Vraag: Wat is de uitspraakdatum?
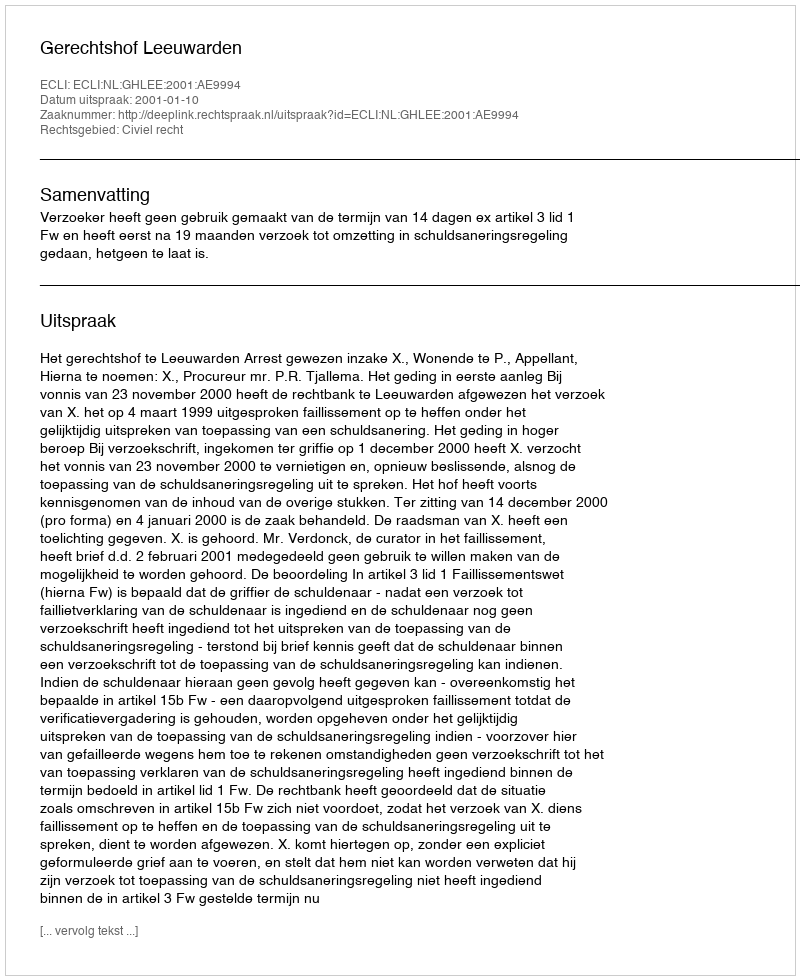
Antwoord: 2001-01-10